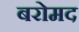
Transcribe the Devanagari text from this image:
बरोमद